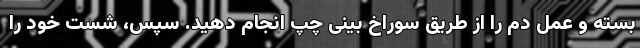
بسته و عمل دم را از طریق سوراخ بینی چپ انجام دهید. سپس، شست خود را